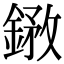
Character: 𨩺